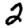
Digit: 2